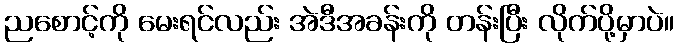
ညစောင့်ကို မေးရင်လည်း အဲဒီအခန်းကို တန်းပြီး လိုက်ပို့မှာပဲ။